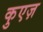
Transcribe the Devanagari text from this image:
कुएज़